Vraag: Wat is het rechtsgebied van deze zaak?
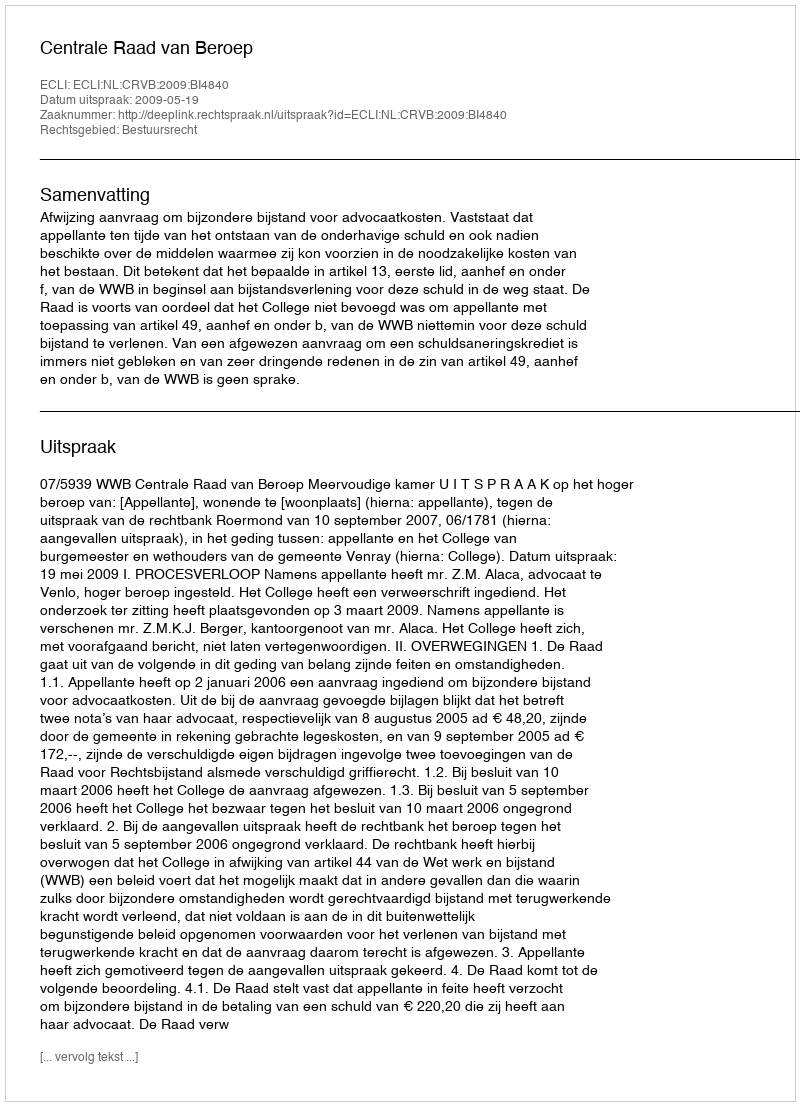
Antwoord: Bestuursrecht